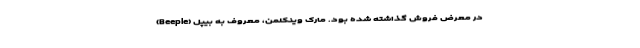
در معرض فروش گذاشته شده بود. مارک وینکلمن، معروف به بیپل (Beeple)